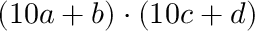
( 1 0 a + b ) \cdot ( 1 0 c + d )